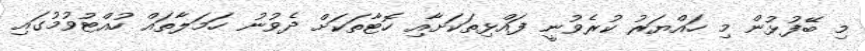
މި ބޭފުޅުން މި ހައްޔަރު ކުރެވުނީ ފައްޅިތަކަށާއި ހޮޓާތަކަށް ދެވުނު ހަމަލާތައް ހުއްޓުވުމުގައި